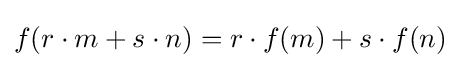
f(r\cdot m+s\cdot n)=r\cdot f(m)+s\cdot f(n)